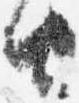
由